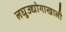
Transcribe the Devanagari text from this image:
लघुउद्योगाखाली